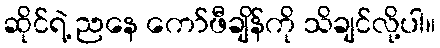
ဆိုင်ရဲ့ ညနေ ကော်ဖီချိန်ကို သိချင်လို့ပါ။